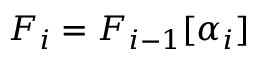
F _ { i } = F _ { i - 1 } [ \alpha _ { i } ]